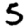
Digit: 5